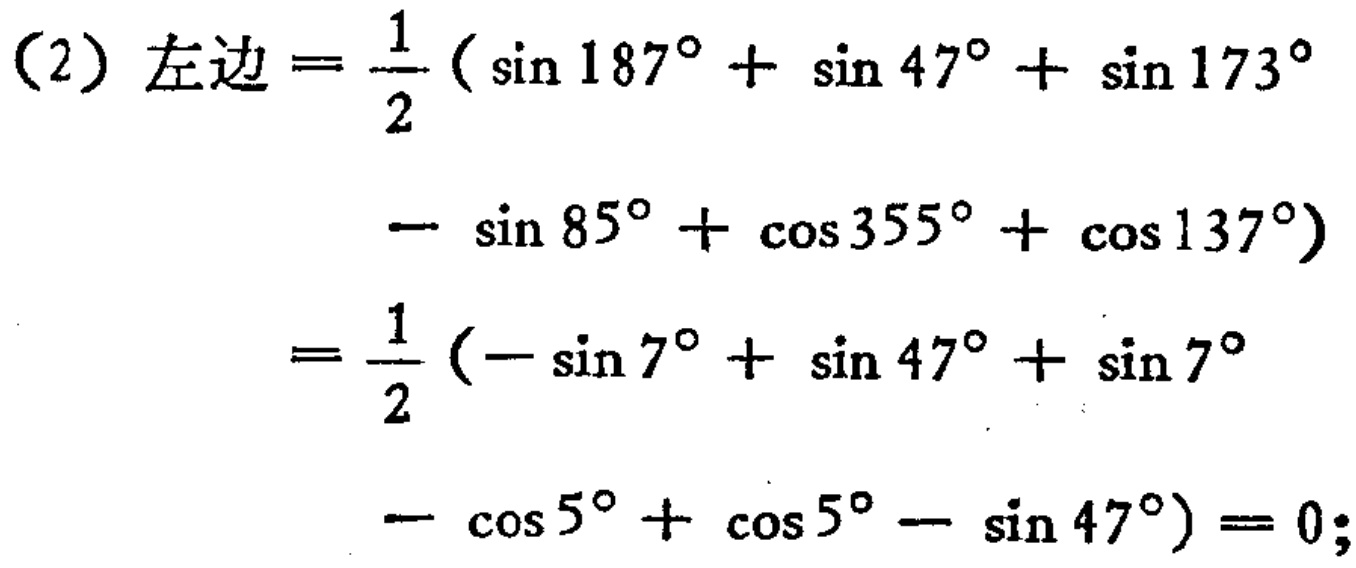
\[

\begin{align*}

\text{左边}&=\frac{1}{2}(\sin187^{\circ}+\sin47^{\circ}+\sin173^{\circ}\\

&-\sin85^{\circ}+\cos355^{\circ}+\cos137^{\circ})\\

&=\frac{1}{2}(-\sin7^{\circ}+\sin47^{\circ}+\sin7^{\circ}\\

&-\cos5^{\circ}+\cos5^{\circ}-\sin47^{\circ}) = 0;

\end{align*}

\]